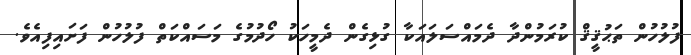
ފުލުހުން ތަޙުޤީޤް ކުރަމުންދާ ދެމައްސަލައަކާ ގުޅިގެން ދެމީހަކު ހޯދުމުގެ މަސައްކަތް ފުލުހުން ފަށައިފިއެވެ.